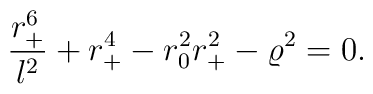
{r_+^6 \over l^2} + r_+^4 - r_0^2 r_+^2 - \varrho^2 = 0.